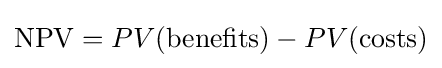
\mathrm {NPV} =PV({\text{benefits}})-PV({\text{costs}})